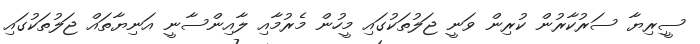
ސީިރިޔާ ސަރުކާރުން ކުރިން ވަނީ ޖަލުތަކުގައި މީހުން މެރުމާއި ލާއިންސާނީ އަނިޔާތައް ޖަލުތަކުގައި